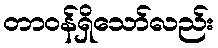
တာဝန်ရှိသော်လည်း